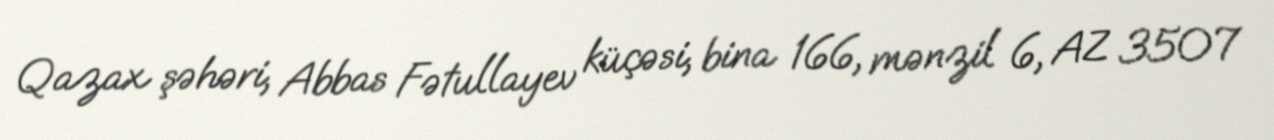
Qazax şəhəri, Abbas Fətullayev küçəsi, bina 166, mənzil 6, AZ 3507